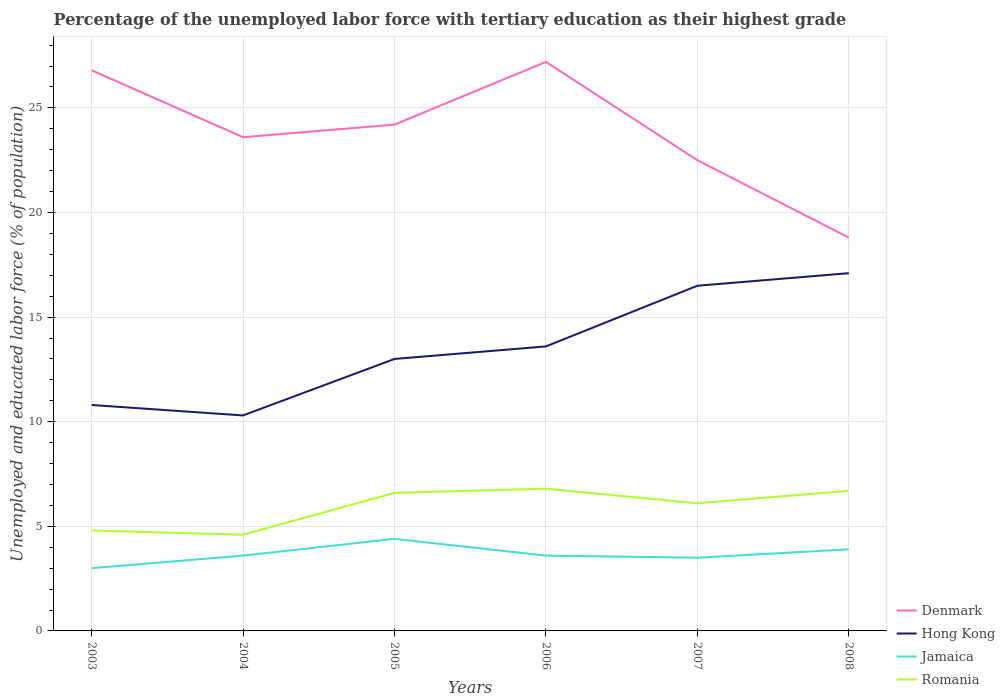
| Years | Denmark | Hong Kong | Jamaica | Romania |
 | --- | --- | --- | --- | --- |
 | 2003 | 26.8 | 10.8 | 3 | 4.8 |
 | 2004 | 23.6 | 10.3 | 3.6 | 4.6 |
 | 2005 | 24.2 | 13 | 4.4 | 6.6 |
 | 2006 | 27.2 | 13.6 | 3.6 | 6.8 |
 | 2007 | 22.5 | 16.5 | 3.5 | 6.1 |
 | 2008 | 18.8 | 17.1 | 3.9 | 6.7 |